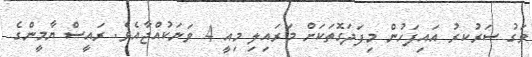
ވަގު ސަރުކރު އައިފަހުން މިފަދަގޮތަކަށް މަރައިލި މިއީ 4 ވަނަކުއްޖާއެވެ. ރައީސް ޔާމީންގެ